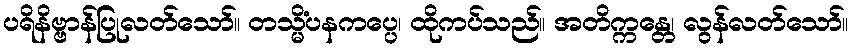
ပရိနိဗ္ဗာန်ပြုလတ်သော်။ တသ္မိံပနကပ္ပေ၊ ထိုကပ်သည်။ အတိက္ကန္တေ၊ လွန်လတ်သော်။